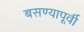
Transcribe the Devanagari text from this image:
बसण्यापूर्वी